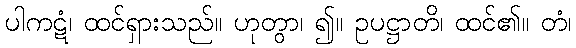
ပါကဋံ၊ ထင်ရှားသည်။ ဟုတွာ၊ ၍။ ဥပဋ္ဌာတိ၊ ထင်၏။ တံ၊